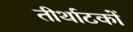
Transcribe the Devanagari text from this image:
तीर्थाटकों